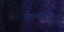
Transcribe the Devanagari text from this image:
पोणांगी